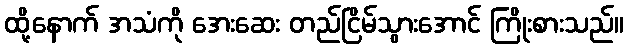
ထို့နောက် အသံကို အေးဆေး တည်ငြိမ်သွားအောင် ကြိုးစားသည်။